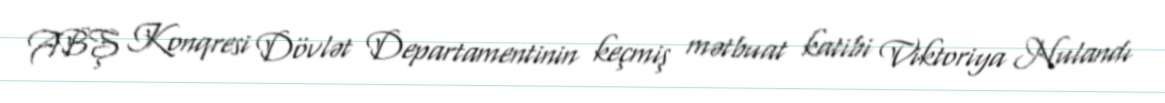
ABŞ Konqresi Dövlət Departamentinin keçmiş mətbuat katibi Viktoriya Nulandı